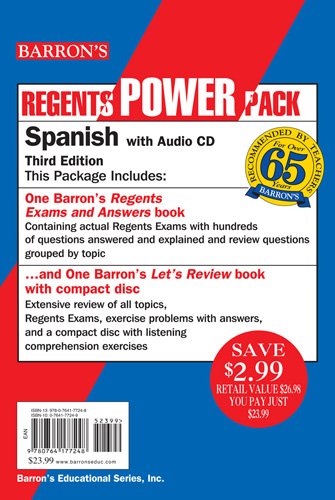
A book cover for Spanish Power Pack (Barron's Regents Power Packs); JosÃEÂ© Diaz; Test Preparation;